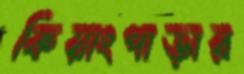
কিয়াংপাড়ার